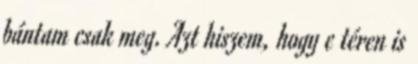
bántam csak meg. Azt hiszem, hogy e téren is